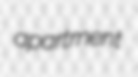
apartment